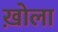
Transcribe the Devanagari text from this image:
ख़ोला